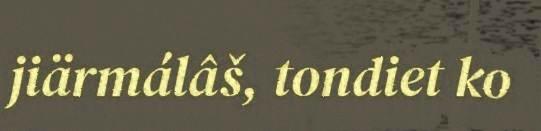
jiärmálâš, tondiet ko